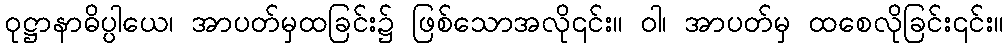
ဝုဋ္ဌာနာဓိပ္ပါယေ၊ အာပတ်မှထခြင်း၌ ဖြစ်သောအလို၎င်း။ ဝါ၊ အာပတ်မှ ထစေလိုခြင်း၎င်း။